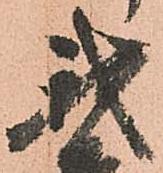
我